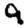
Digit: 9